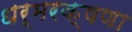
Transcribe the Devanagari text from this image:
धर्मरक्षणा